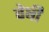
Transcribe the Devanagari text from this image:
वेषी